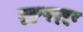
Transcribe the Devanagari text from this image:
मुकुन्द्पूर